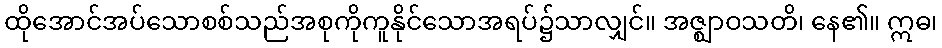
ထိုအောင်အပ်သောစစ်သည်အစုကိုကူနိုင်သောအရပ်၌သာလျှင်။ အဇ္ဈာဝသတိ၊ နေ၏။ ဣဓ၊